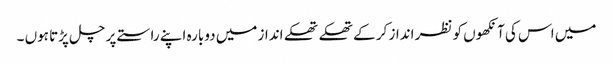
میں اس کی آنکھوں کو نظر انداز کر کے تھکے تھکے انداز میں دوبارہ اپنے راستے پر چل پڑتا ہوں ۔